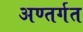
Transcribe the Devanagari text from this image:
अण्तर्गत